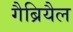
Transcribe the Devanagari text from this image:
गैब्रियैल